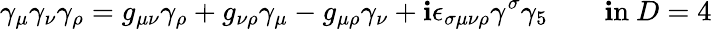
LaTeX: \gamma_{\mu}\gamma_{\nu}\gamma_{\rho}=g_{\mu\nu}\gamma_{\rho}+g_{\nu\rho}\gamma_{\mu}-g_{\mu\rho}\gamma_{\nu}+\mathbf{i}\epsilon_{\sigma\mu\nu\rho}\gamma^{\sigma}\gamma_{5}\qquad\mathrm{{\mathbf{i}n~}}D=4